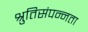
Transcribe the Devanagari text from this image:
श्रुतिसंपन्नता